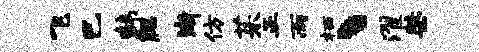
飞巴韩腮渐仿茱正雨栖丶濯桀